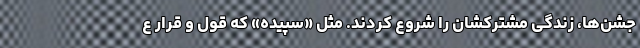
جشن‌ها، زندگی مشترکشان را شروع کردند. مثل «سپیده» که قول و قرار ع